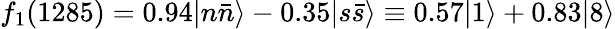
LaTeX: f_{1}(1285)=0.94|n\bar{n}\rangle-0.35|s\bar{s}\rangle\equiv 0.57|1\rangle+0.83|8\rangle